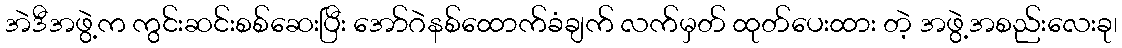
အဲဒီအဖွဲ့က ကွင်းဆင်းစစ်ဆေးပြီး အော်ဂဲနစ်ထောက်ခံချက် လက်မှတ် ထုတ်ပေးထား တဲ့ အဖွဲ့အစည်းလေးခု၊